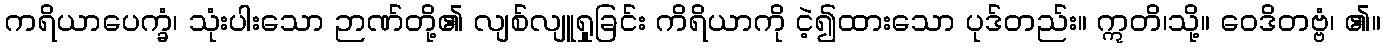
ကရိယာပေက္ခံ၊ သုံးပါးသော ဉာဏ်တို့၏ လျစ်လျူရှုခြင်း ကိရိယာကို ငဲ့၍ထားသော ပုဒ်တည်း။ ဣတိ၊သို့။ ဝေဒိတဗ္ဗံ၊ ၏။